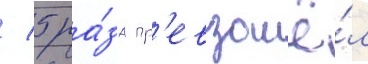
/ 5 ра́за пр'евзошё́л